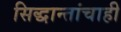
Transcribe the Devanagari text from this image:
सिद्धान्तांचाही